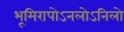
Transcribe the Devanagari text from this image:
भूमिरापोऽनलोऽनिलो